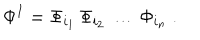
\Phi ^ { I } = \Phi _ { i _ { 1 } } \, \Phi _ { i _ { 2 } } \, \dots \, \Phi _ { i _ { n } } \ .